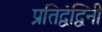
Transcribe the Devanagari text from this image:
प्रतिद्वंद्विनी